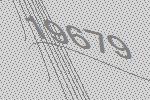
19679